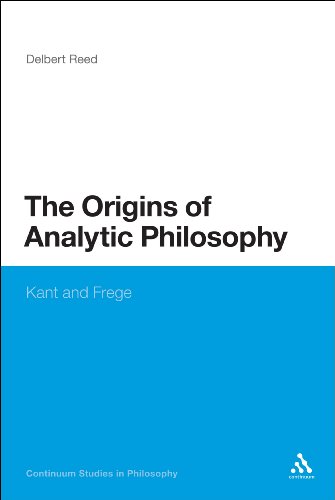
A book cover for Origins of Analytic Philosophy: Kant and Frege (Bloomsbury Studies in Philosophy); Delbert Reed; Politics & Social Sciences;